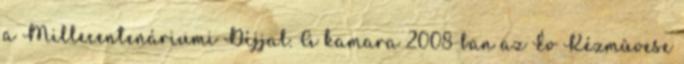
a Millecentenáriumi Díjjal. A kamara 2008-ban az Év Kézmûvese